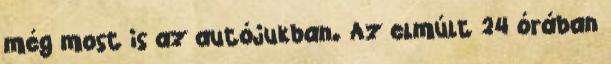
még most is az autójukban. Az elmúlt 24 órában